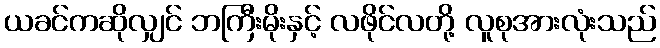
ယခင်ကဆိုလျှင် ဘကြီးမိုးနှင့် လဖိုင်လတို့ လူစုအားလုံးသည်